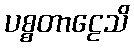
ပစ္စတာဠေသိ